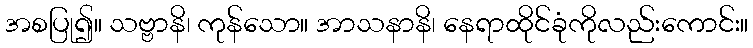
အစပြု၍။ သဗ္ဗာနိ၊ ကုန်သော။ အာသနာနိ၊ နေရာထိုင်ခုံကိုလည်းကောင်း။